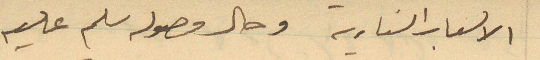
الألعاب النارية وحال وصوله سلم عليه